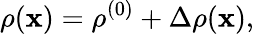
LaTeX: \rho({\mathbf x})=\rho^{(0)}+\Delta\rho({\mathbf x}),